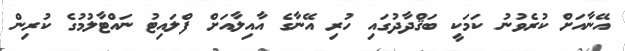
އޭނާއަށް ކުރެވުނު ކަމަކީ ބަޤްދާދުގައި ހުރި އޭނާގެ އާއިލާއަށް ފްލައިޓު ނައްޓާލުމުގެ ކުރިން